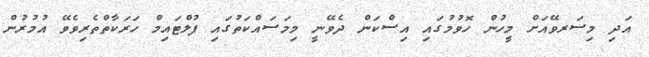
އަދި މިސަރވޭއަށް މީހުން ހޮވުމުގައި އިސްކަން ދެވޭނީ މިމަސައްކަތުގައި ފުލްޓައިމް ހަރަކާތްތެރިވެވޭ އުމުރުން